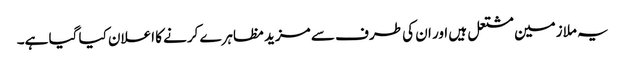
یہ ملازمین مشتعل ہیں اور ان کی طرف سے مزید مظاہرے کرنے کا اعلان کیا گیا ہے۔